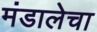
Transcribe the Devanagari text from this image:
मंडालेचा